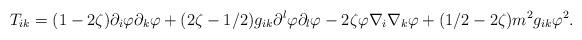
LaTeX: \begin{align*}T_{ik}=(1-2\zeta )\partial _{i}\varphi \partial _{k}\varphi+(2\zeta -1/2)g_{ik}\partial ^{l}\varphi \partial _{l}\varphi-2\zeta \varphi \nabla _{i}\nabla _{k}\varphi +(1/2-2\zeta)m^{2}g_{ik}\varphi ^{2}. \end{align*}